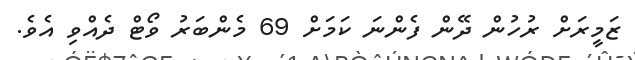
ޒަމީރަށް ރުހުން ދޭން ފެންނަ ކަމަށް 69 މެންބަރު ވޯޓް ދެއްވި އެވެ.